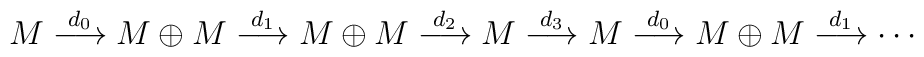
M \stackrel{d_0}{\longrightarrow} M \oplus M \stackrel{d_1}{\longrightarrow} M \oplus M \stackrel{d_2}{\longrightarrow} M \stackrel{d_3}{\longrightarrow} M \stackrel {d_0}{\longrightarrow} M \oplus M\stackrel{d_1}{\longrightarrow} \cdots